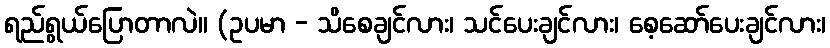
ရည်ရွယ်ပြောတာလဲ။ (ဥပမာ - သိစေချင်လား၊ သင်ပေးချင်လား၊ စေ့ဆော်ပေးချင်လား၊